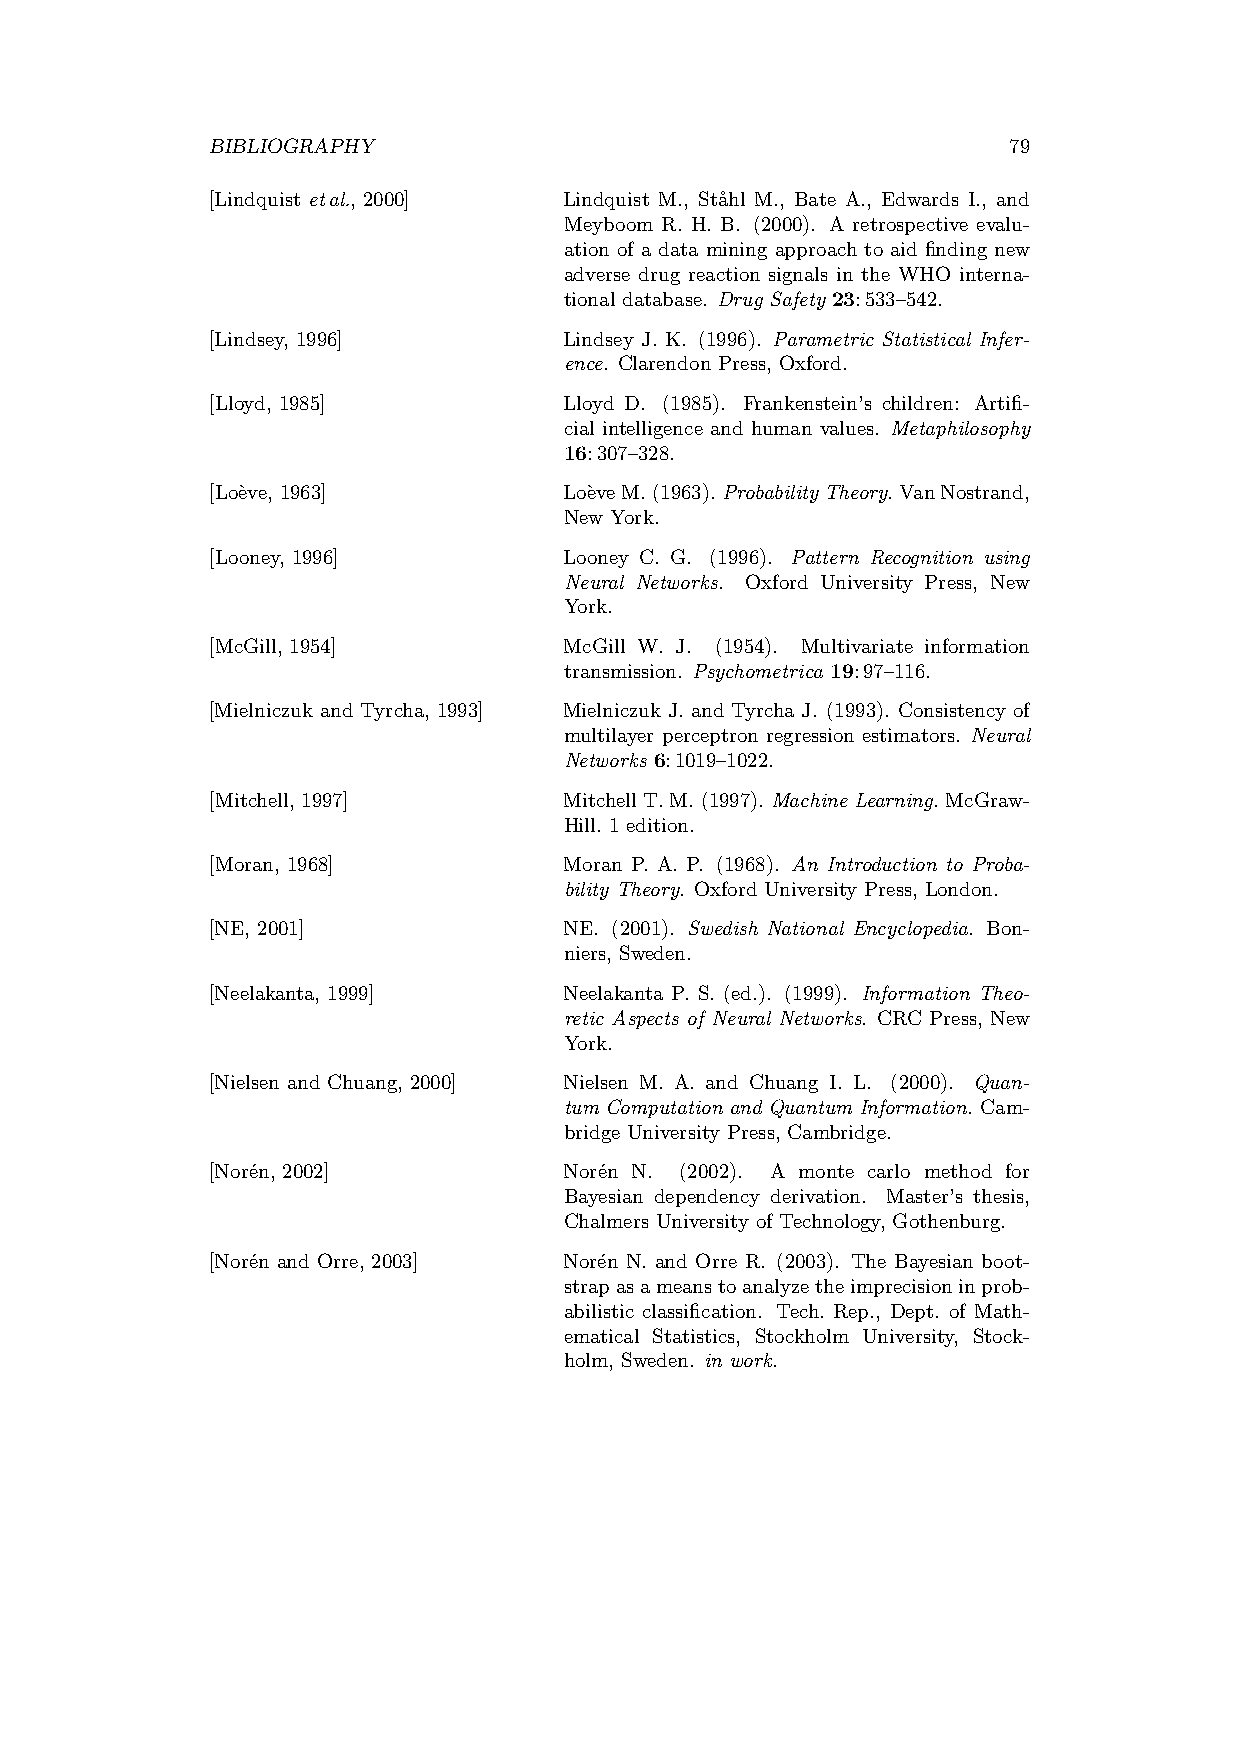
BIBLIOGRAPHY                                         79
 [Lindquist etal., 2000] Lindquist M., St˚ahl M., Bate A., Edwards I., and
 Meyboom R. H. B. (2000). A retrospective evalu-
 ation of a data mining approach to aid finding new
 adverse drug reaction signals in the WHO interna-
 tional database. Drug Safety 23:533–542.
 [Lindsey, 1996]        Lindsey J. K. (1996). Parametric Statistical Infer-
 ence. Clarendon Press, Oxford.
 [Lloyd, 1985]          Lloyd D. (1985). Frankenstein’s children: Artifi-
 cial intelligence and human values. Metaphilosophy
 16:307–328.
 [Lo`eve, 1963]         Lo`eveM. (1963). ProbabilityTheory. VanNostrand,
 New York.
 [Looney, 1996]         Looney C. G. (1996). Pattern Recognition using
 Neural Networks. Oxford University Press, New
 York.
 [McGill, 1954]         McGill W. J. (1954). Multivariate information
 transmission. Psychometrica 19:97–116.
 [Mielniczuk and Tyrcha, 1993] Mielniczuk J. and Tyrcha J. (1993). Consistency of
 multilayer perceptron regression estimators. Neural
 Networks 6:1019–1022.
 [Mitchell, 1997]       MitchellT.M. (1997). MachineLearning. McGraw-
 Hill. 1 edition.
 [Moran, 1968]          Moran P. A. P. (1968). An Introduction to Proba-
 bility Theory. Oxford University Press, London.
 [NE, 2001]             NE. (2001). Swedish National Encyclopedia. Bon-
 niers, Sweden.
 [Neelakanta, 1999]     Neelakanta P. S. (ed.). (1999). Information Theo-
 retic Aspects of Neural Networks. CRC Press, New
 York.
 [Nielsen and Chuang, 2000] Nielsen M. A. and Chuang I. L. (2000). Quan-
 tum Computation and Quantum Information. Cam-
 bridge University Press, Cambridge.
 [Nor´en, 2002]         Nor´en N. (2002). A monte carlo method for
 Bayesian dependency derivation. Master’s thesis,
 Chalmers University of Technology, Gothenburg.
 [Nor´en and Orre, 2003] Nor´en N. and Orre R. (2003). The Bayesian boot-
 strapasameanstoanalyzetheimprecisioninprob-
 abilistic classification. Tech. Rep., Dept. of Math-
 ematical Statistics, Stockholm University, Stock-
 holm, Sweden. in work.